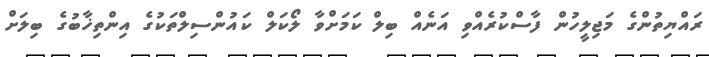
ރައްޔިތުންގެ މަޖިލީހުން ފާސްކުރެއްވި އަނެއް ބިލް ކަމަށްވާ ލޯކަލް ކައުންސިލްތަކުގެ އިންތިޚާބުގެ ބިލަށް